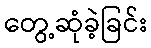
တွေ့ဆုံခဲ့ခြင်း